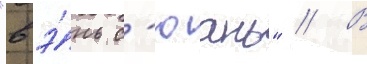
"вэ́нь с'юань" // В